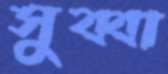
সুব্বা